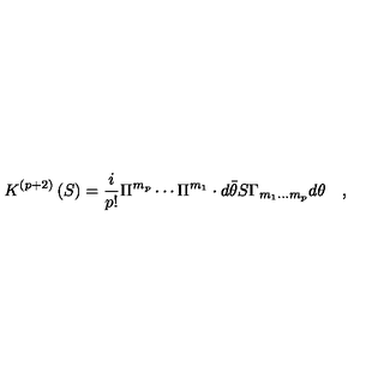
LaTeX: K ^ { \left( p + 2 \right) } \left( S \right) = \frac i { p ! } \Pi ^ { m _ { p } } \cdots \Pi ^ { m _ { 1 } } \cdot d \bar { \theta } S \Gamma _ { m _ { 1 } \ldots m _ { p } } d \theta \quad ,